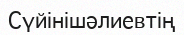
Сүйінішәлиевтің